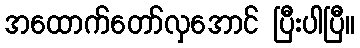
အထောက်တော်လှအောင် ပြီးပါပြီ။